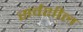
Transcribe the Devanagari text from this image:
सर्वशील